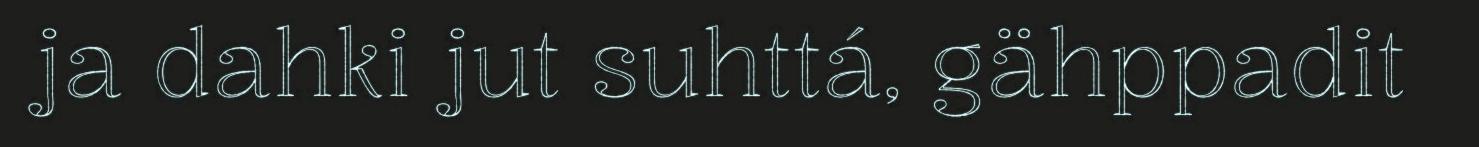
ja dahki jut suhttá, gähppadit